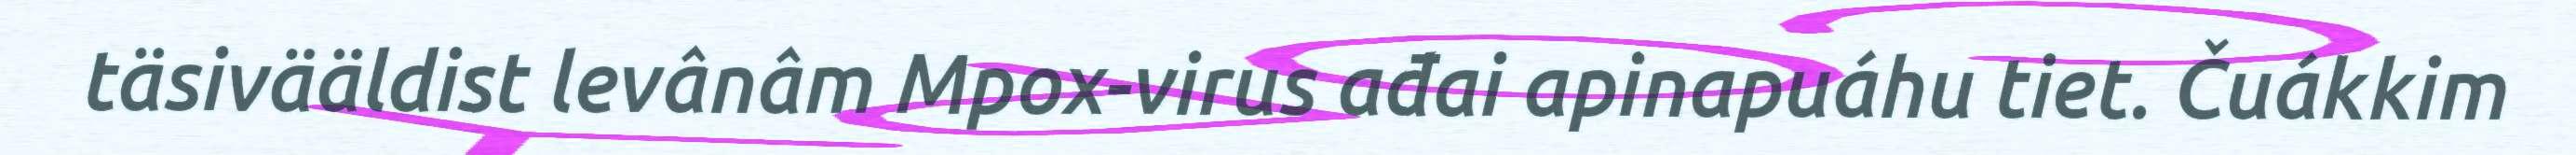
täsivääldist levânâm Mpox-virus ađai apinapuáhu tiet. Čuákkim